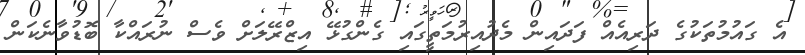
އެ ގައުމުތަކުގެ ދަރިއެއް ފަދައިން މެދުއިރުމަތީގައި ގެންގުޅޭ އިޒްރޭލަށް ވެސް ނުރައްކާ ބޮޑުވާނެކަން